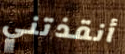
أنقذتني